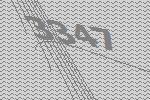
3347